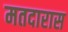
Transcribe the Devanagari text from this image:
मतदारास